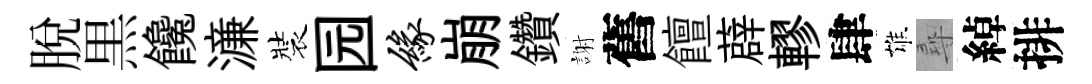
脱黒饞濓裝园缘崩鑽謝舊饘薜轇肆雄尋綽排